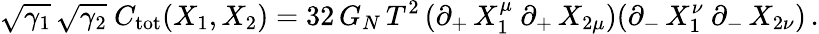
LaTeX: \sqrt{\gamma_{1}}\, \sqrt{\gamma_{2}}\ C_{\mathrm{tot}}(X_{1},X_{2})=32\, G_{N}\, T^{2}\, (\partial_{+}\, X_{1}^{\mu}\ \partial_{+}\, X_{2\mu})(\partial_{-}\, X_{1}^{\nu}\ \partial_{-}\, X_{2\nu})\, .